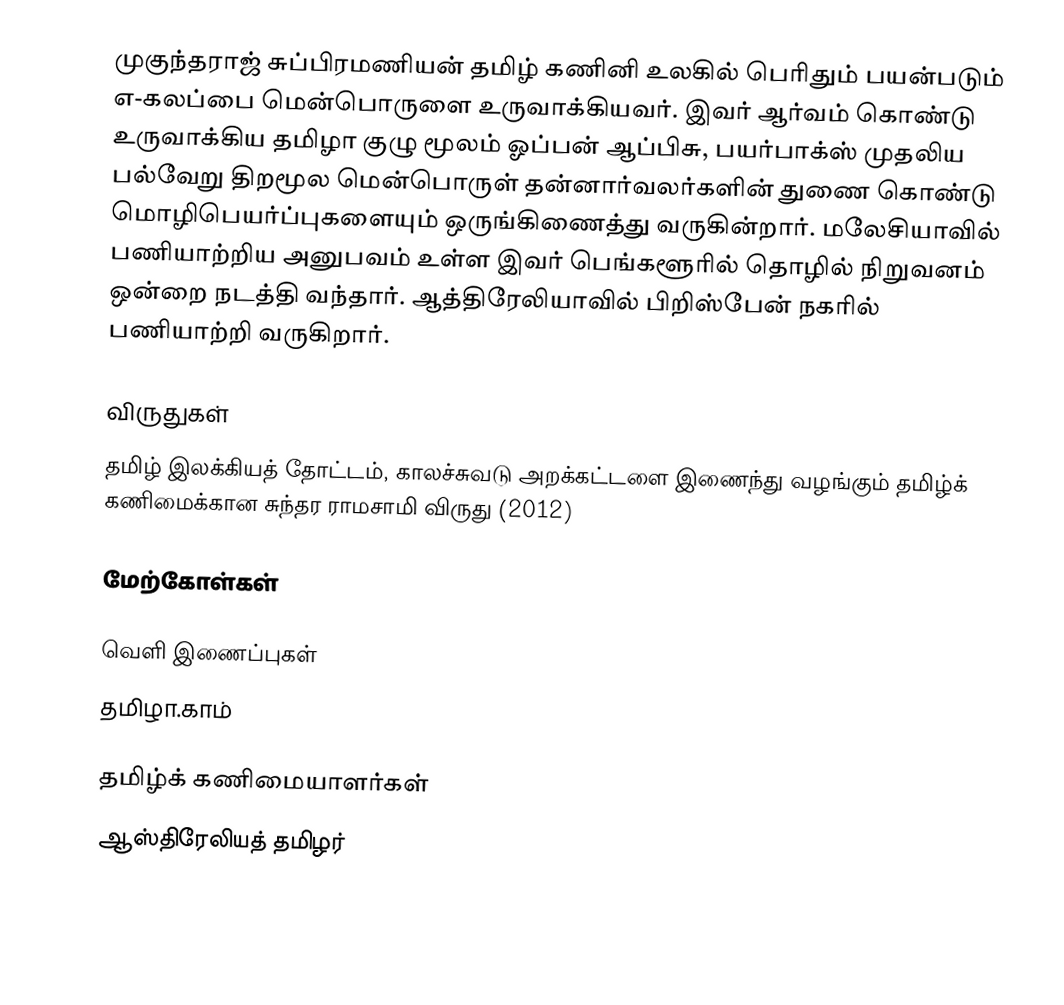
முகுந்தராஜ் சுப்பிரமணியன் தமிழ் கணினி உலகில் பெரிதும் பயன்படும் எ-கலப்பை மென்பொருளை உருவாக்கியவர். இவர் ஆர்வம் கொண்டு உருவாக்கிய தமிழா குழு மூலம்  ஓப்பன் ஆப்பிசு, பயர்பாக்ஸ் முதலிய பல்வேறு திறமூல மென்பொருள் தன்னார்வலர்களின் துணை கொண்டு மொழிபெயர்ப்புகளையும் ஒருங்கிணைத்து வருகின்றார். மலேசியாவில் பணியாற்றிய அனுபவம் உள்ள இவர் பெங்களூரில் தொழில் நிறுவனம் ஒன்றை நடத்தி வந்தார். ஆத்திரேலியாவில் பிறிஸ்பேன் நகரில் பணியாற்றி வருகிறார்.

விருதுகள்
 தமிழ் இலக்கியத் தோட்டம், காலச்சுவடு அறக்கட்டளை இணைந்து வழங்கும் தமிழ்க் கணிமைக்கான சுந்தர ராமசாமி விருது (2012)

மேற்கோள்கள்

வெளி இணைப்புகள்
தமிழா.காம்

தமிழ்க் கணிமையாளர்கள்
ஆஸ்திரேலியத் தமிழர்